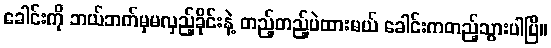
ခေါင်းကို ဘယ်ဘက်မှမလှည့်ခိုင်းနဲ့ တည့်တည့်ပဲထားမယ် ခေါင်းကတည့်သွားပါပြီ။